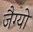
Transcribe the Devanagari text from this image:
जैग्यो